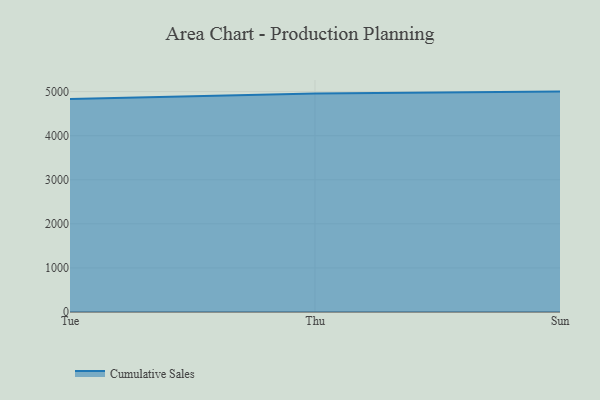
{"axis": {"x": "Day", "y": "Churn Rate (%)"}, "legend": ["Cumulative Sales"], "data": [{"x": "Tue", "y": 4831.6, "type": "Cumulative Sales"}, {"x": "Thu", "y": 4956.3, "type": "Cumulative Sales"}, {"x": "Sun", "y": 5000, "type": "Cumulative Sales"}]}